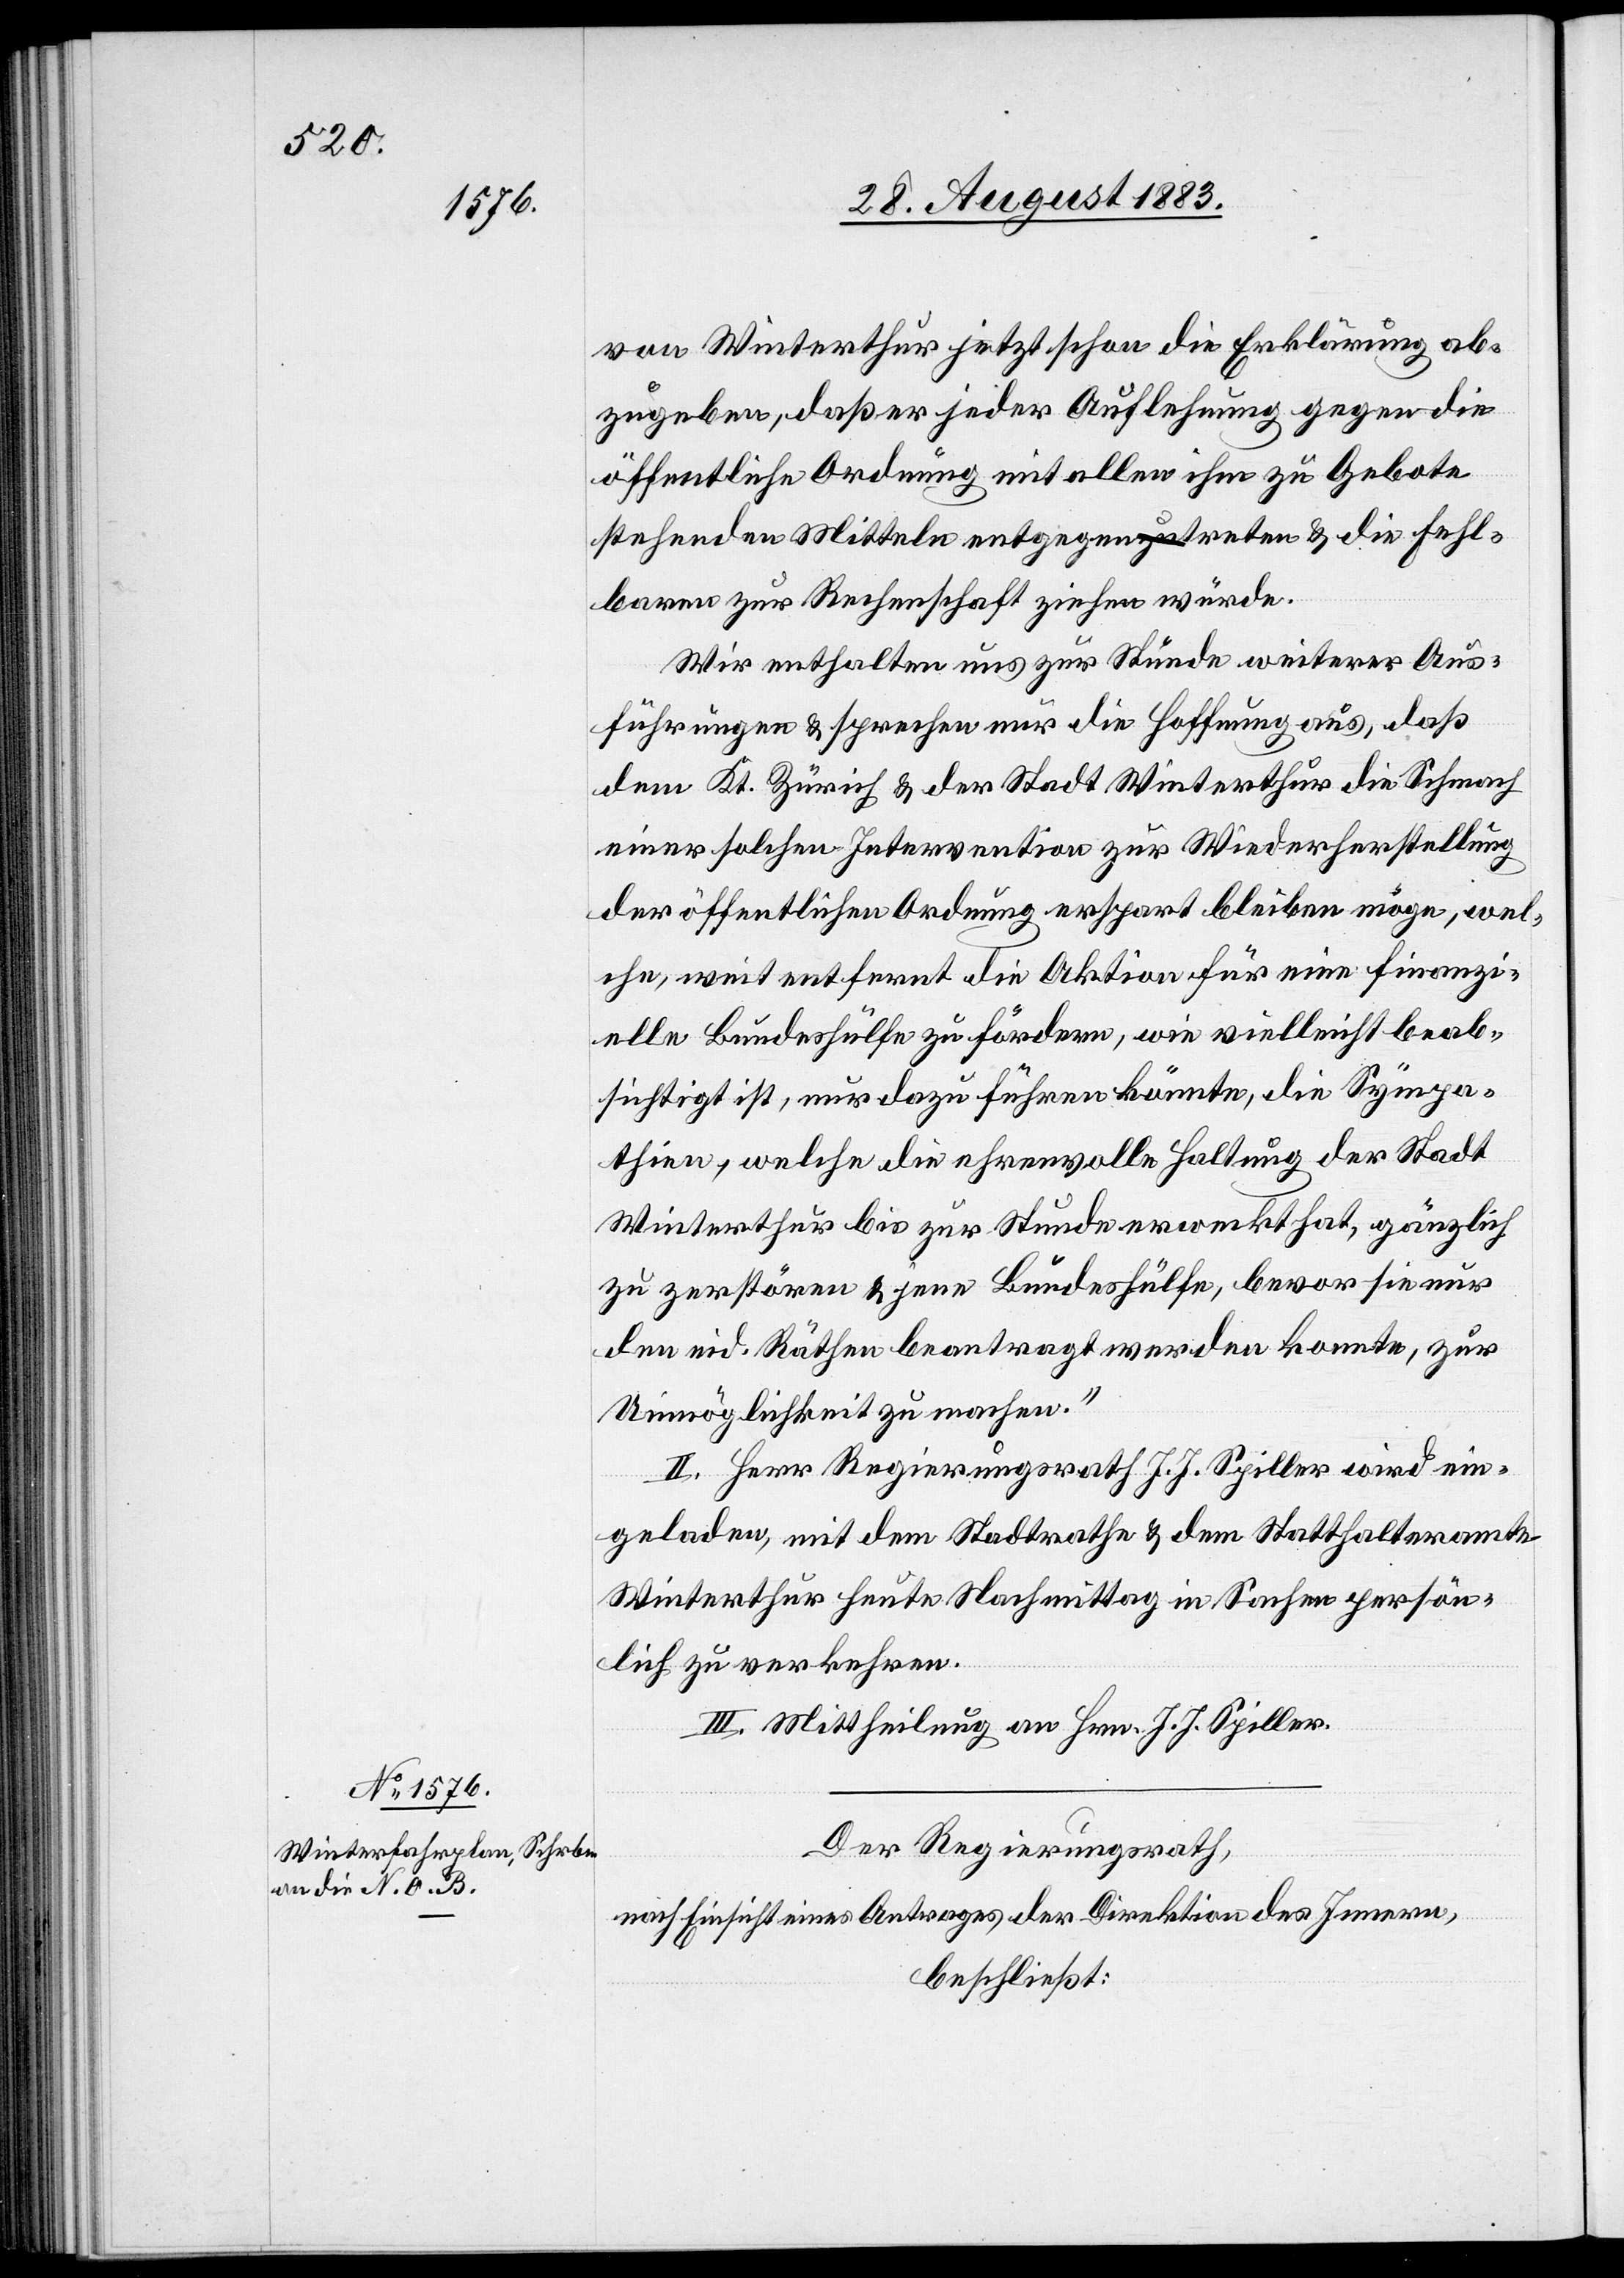
von Winterthur jetzt schon die Erklärung ab¬
zugeben, daß er jeder Auflehnung gegen die
öffentliche Ordnung mit allen ihm zu Gebote
stehenden Mitteln entgegentreten & die Fehl¬
baren zur Rechenschaft ziehen würde.
Wir enthalten uns zur Stunde weiterer Aus¬
führungen & sprechen nur die Hoffnung aus, daß
dem Kt. Zürich & der Stadt Winterthur die Schmach
einer solchen Intervention zur Wiederherstellung
der öffentlichen Ordnung erspart bleiben möge, wel¬
che, weit entfernt die Aktion für eine finanzi¬
elle Bundeshülfe zu fördern, wie vielleicht beab¬
sichtigt ist, nur dazu führen könnte, die Sympa¬
thien, welche die ehrenvolle Haltung der Stadt
Winterthur bis zu Stunde erweckt hat, gänzlich
zu zerstören & jene Bundeshülfe, bevor sie nur
den eid. Räthen beantragt werden konnte, zur
Unmöglichkeit zu machen.“
II. Herr Regierungsrath J. J. Spiller wird ein¬
geladen, mit dem Stadtrathe & dem Statthalteramte
Winterthur heute Nachmittag in Sachen persön¬
lich zu verkehren.
III. Mittheilung an Hrn. J. J. Spiller.
Der Regierungsrath,
nach Einsicht eines Antrages der Direktion des Innern,
beschließt: